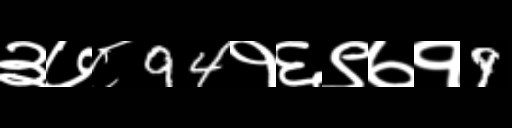
Text: ३७८94१६९७१9